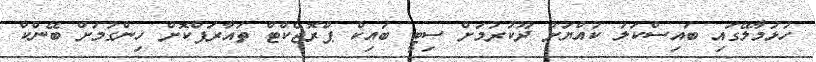
ހުޅުމާލޭގައި ބައިސްކަލު ކުއްޔަށް ދޫކުރުމަށް ސިޓީ ބައިކް ޕްރޮޖެކްޓް ތައާރަފްކޮށް ހިންގުމަށް ބޭންކް